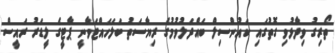
ތޯރިގު ވިދާޅުވި ގޮތުގައި ކައުންސިލް ބައްދަލުވުމުގެ ރިޔާސަތު ބަލަހައްޓަވާނީ ޕާޓީގެ ލީޑަރު ރައީސް